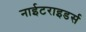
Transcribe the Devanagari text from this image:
नाईटराइडर्स